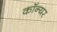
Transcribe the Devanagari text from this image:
कॉन्यर